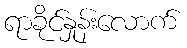
ရာခိုင်နှုန်းလောက်